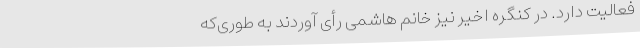
فعالیت دارد. در کنگره اخیر نیز خانم هاشمی رأی آوردند به ‌طوری‌که